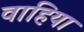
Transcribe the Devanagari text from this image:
वाहिया